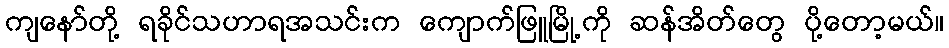
ကျနော်တို့ ရခိုင်သဟာရအသင်းက ကျောက်ဖြူမြို့ကို ဆန်အိတ်တွေ ပို့တော့မယ်။